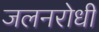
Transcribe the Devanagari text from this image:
जलनरोधी